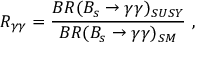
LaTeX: R _ { \gamma \gamma } = \frac { B R ( B _ { s } \to \gamma \gamma ) _ { S U S Y } } { B R ( B _ { s } \to \gamma \gamma ) _ { S M } } \ ,